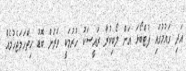
އަދި ގައުމުގައި ފުޓްބޯޅަ އަށް ލޯބިކުރާ ރައީސަކު ހުރުމަކީ ވަރަށް ބޮޑު ހިތްހަމަޖެހުމެއް